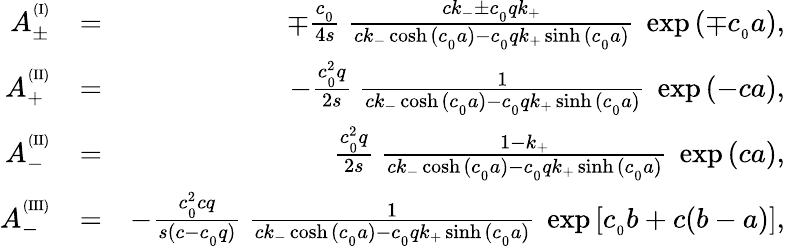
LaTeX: \begin{array}{rlr}{A_{\pm}^{^{(\mathrm{I})}}}&{=}&{\mp\frac{c_{_0}}{4s}\ \frac{ck_{-}\pm c_{_0}qk_{+}}{ck_{-}\cosh{(c_{_0}a)}-c_{_0}qk_{+}\sinh{(c_{_0}a)}}\ \exp{(\mp c_{_0}a)},}\\ {A_{+}^{^{(\mathrm{II})}}}&{=}&{-\frac{c_{_0}^{2}q}{2s}\ \frac{1}{ck_{-}\cosh{(c_{_0}a)}-c_{_0}qk_{+}\sinh{(c_{_0}a)}}\ \exp{(-ca)},}\\ {A_{-}^{^{(\mathrm{II})}}}&{=}&{\frac{c_{_0}^{2}q}{2s}\ \frac{1-k_{+}}{ck_{-}\cosh{(c_{_0}a)}-c_{_0}qk_{+}\sinh{(c_{_0}a)}}\ \exp{(ca)},}\\ {A_{-}^{^{(\mathrm{III})}}}&{=}&{-\frac{c_{_0}^{2}cq}{s(c-c_{_0}q)}\ \frac{1}{ck_{-}\cosh{(c_{_0}a)}-c_{_0}qk_{+}\sinh{(c_{_0}a)}}\ \exp{[c_{_0}b+c(b-a)]},}\end{array}